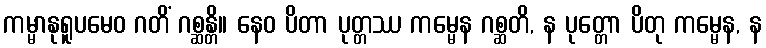
ကမ္မာနုရူပမေဝ ဂတိံ ဂစ္ဆန္တိ။ နေဝ ပိတာ ပုတ္တဿ ကမ္မေန ဂစ္ဆတိ, န ပုတ္တော ပိတု ကမ္မေန, န